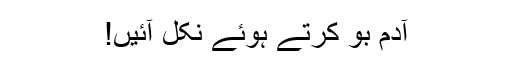
آدم بوُ کرتے ہوئے نکل آئیں!